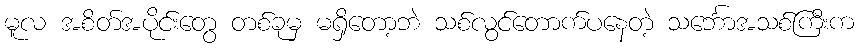
မူလ အစိတ်အပိုင်းတွေ တစ်ခုမှ မရှိတော့ဘဲ သစ်လွင်တောက်ပနေတဲ့ သင်္ဘောအသစ်ကြီးက